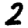
Digit: 2